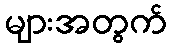
များအတွက်